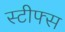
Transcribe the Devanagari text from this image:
स्टीफ्स